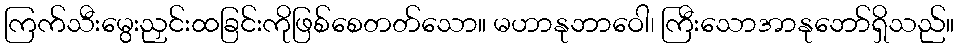
ကြက်သီးမွေးညှင်းထခြင်းကိုဖြစ်စေတတ်သော။ မဟာနုဘာဝေါ၊ ကြီးသောအာနုဘော်ရှိသည်။